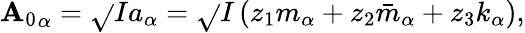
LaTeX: {\mathbf{A}_{0}}_{\alpha}=\sqrt{}{{I}}a_{\alpha}=\sqrt{}{{I}}\left(z_{1}m_{\alpha}+z_{2}\bar{{m}}_{\alpha}+z_{3}k_{\alpha}\right),